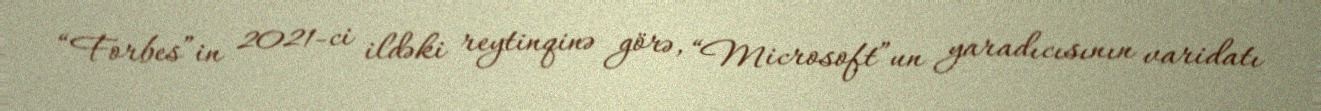
“Forbes”in 2021-ci ildəki reytinqinə görə, “Microsoft”un yaradıcısının varidatı